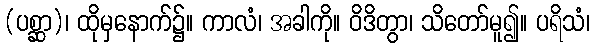
(ပစ္ဆာ)၊ ထိုမှနောက်၌။ ကာလံ၊ အခါကို။ ဝိဒိတွာ၊ သိတော်မူ၍။ ပရိသံ၊